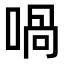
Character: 喎